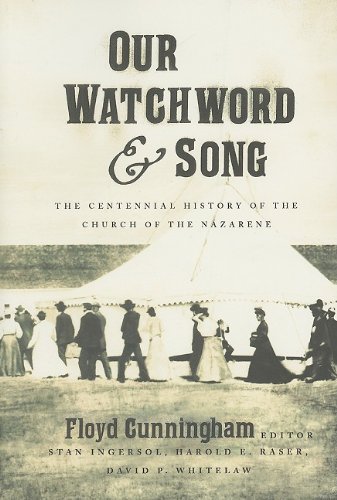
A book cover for Our Watchword and Song: The Centennial History of the Church of the Nazarene; Floyd Cunningham; Christian Books & Bibles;